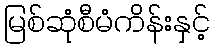
မြစ်ဆုံစီမံကိန်းနှင့်